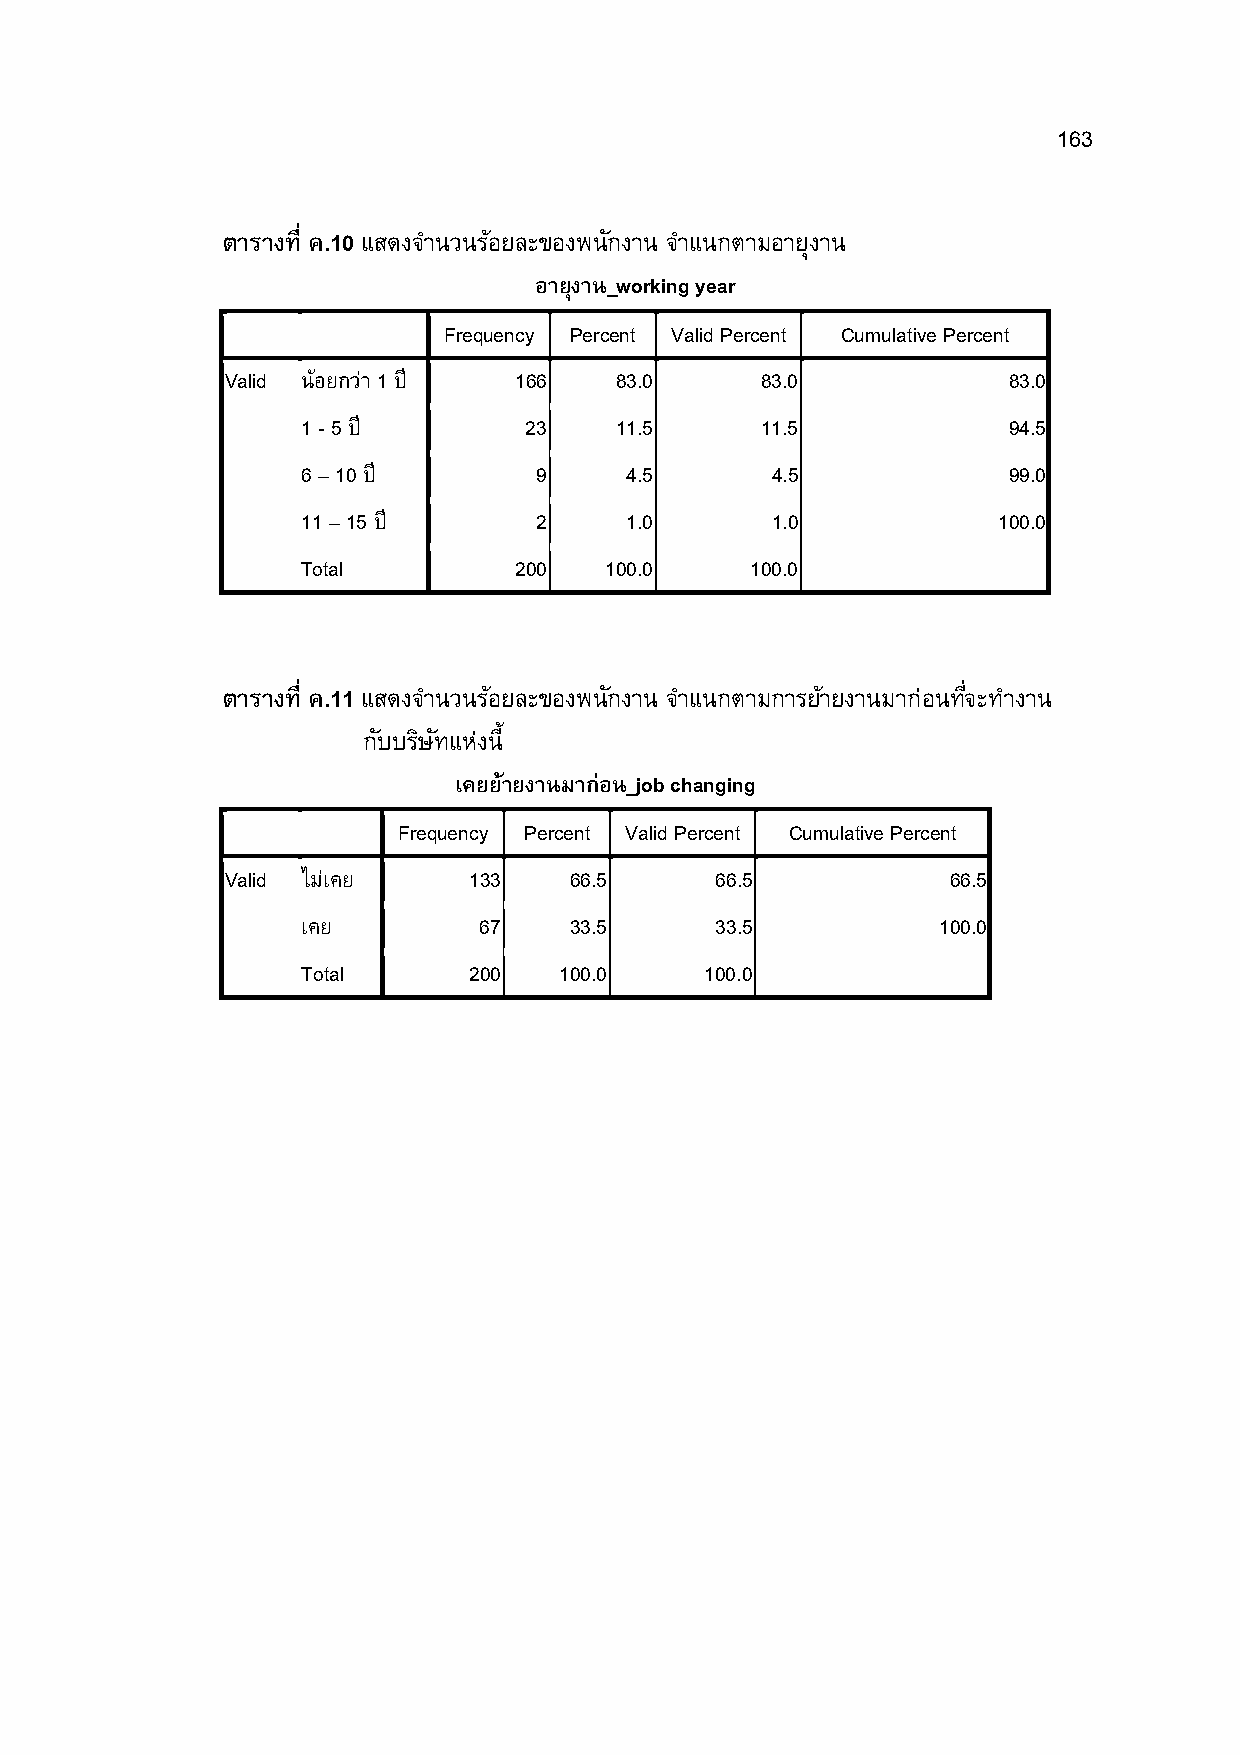
163
 ตารางที ค.10 แสดงจาํ นวนรอ้ ยละของพนกั งาน จาํ แนกตามอายงุ าน
 อายุงาน_working year
 Frequency Percent Valid Percent Cumulative Percent
 Valid น้อยกว่า 1 ปี 166   83.0     83.0             83.0
 1 - 5 ปี       23    11.5     11.5             94.5
 6 – 10 ปี      9     4.5       4.5             99.0
 11 – 15 ปี     2     1.0       1.0            100.0
 Total         200   100.0     100.0
 ตารางที ค.11 แสดงจาํ นวนรอ้ ยละของพนกั งาน จาํ แนกตามการยา้ ยงานมาก่อนทจMี ะทาํ งาน
 กบั บรษิ ทั แห่งนAี
 เคยยา้ ยงานมาก่อน_job changing
 Frequency Percent Valid Percent Cumulative Percent
 Valid ไม่เคย    133    66.5     66.5            66.5
 เคย         67    33.5     33.5           100.0
 Total      200   100.0     100.0